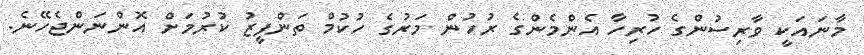
މާނައަކީ ވާރިސުންގެ ހުރިހާ އެންމެންގެ ރުހުން މަރުގެ ހުކުމް ތަންފީޒު ކުރުމަށް އޮންނަންޖެހޭނެ.